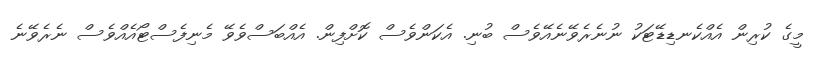
މީގެ ކުރިން އެއްކެނޑިޑޭޓަކު ނުނެރެވޭނެއޭވެސް ބުނި. އެކަންވެސް ކޮށްފިން. އެއްބަސްވެވޭ މެނިފެސްޓޯއެއްވެސް ނެރެވޭނެ